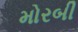
મોરબી